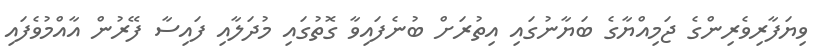
ވިޔަފާރިވެރިންގެ ޖަމިއްޔާގެ ބަޔާނުގައި އިތުރަށް ބުނެފައިވާ ގޮތުގައި މުދަލާއި ފައިސާ ފޭރުން އާއްމުވެފައި